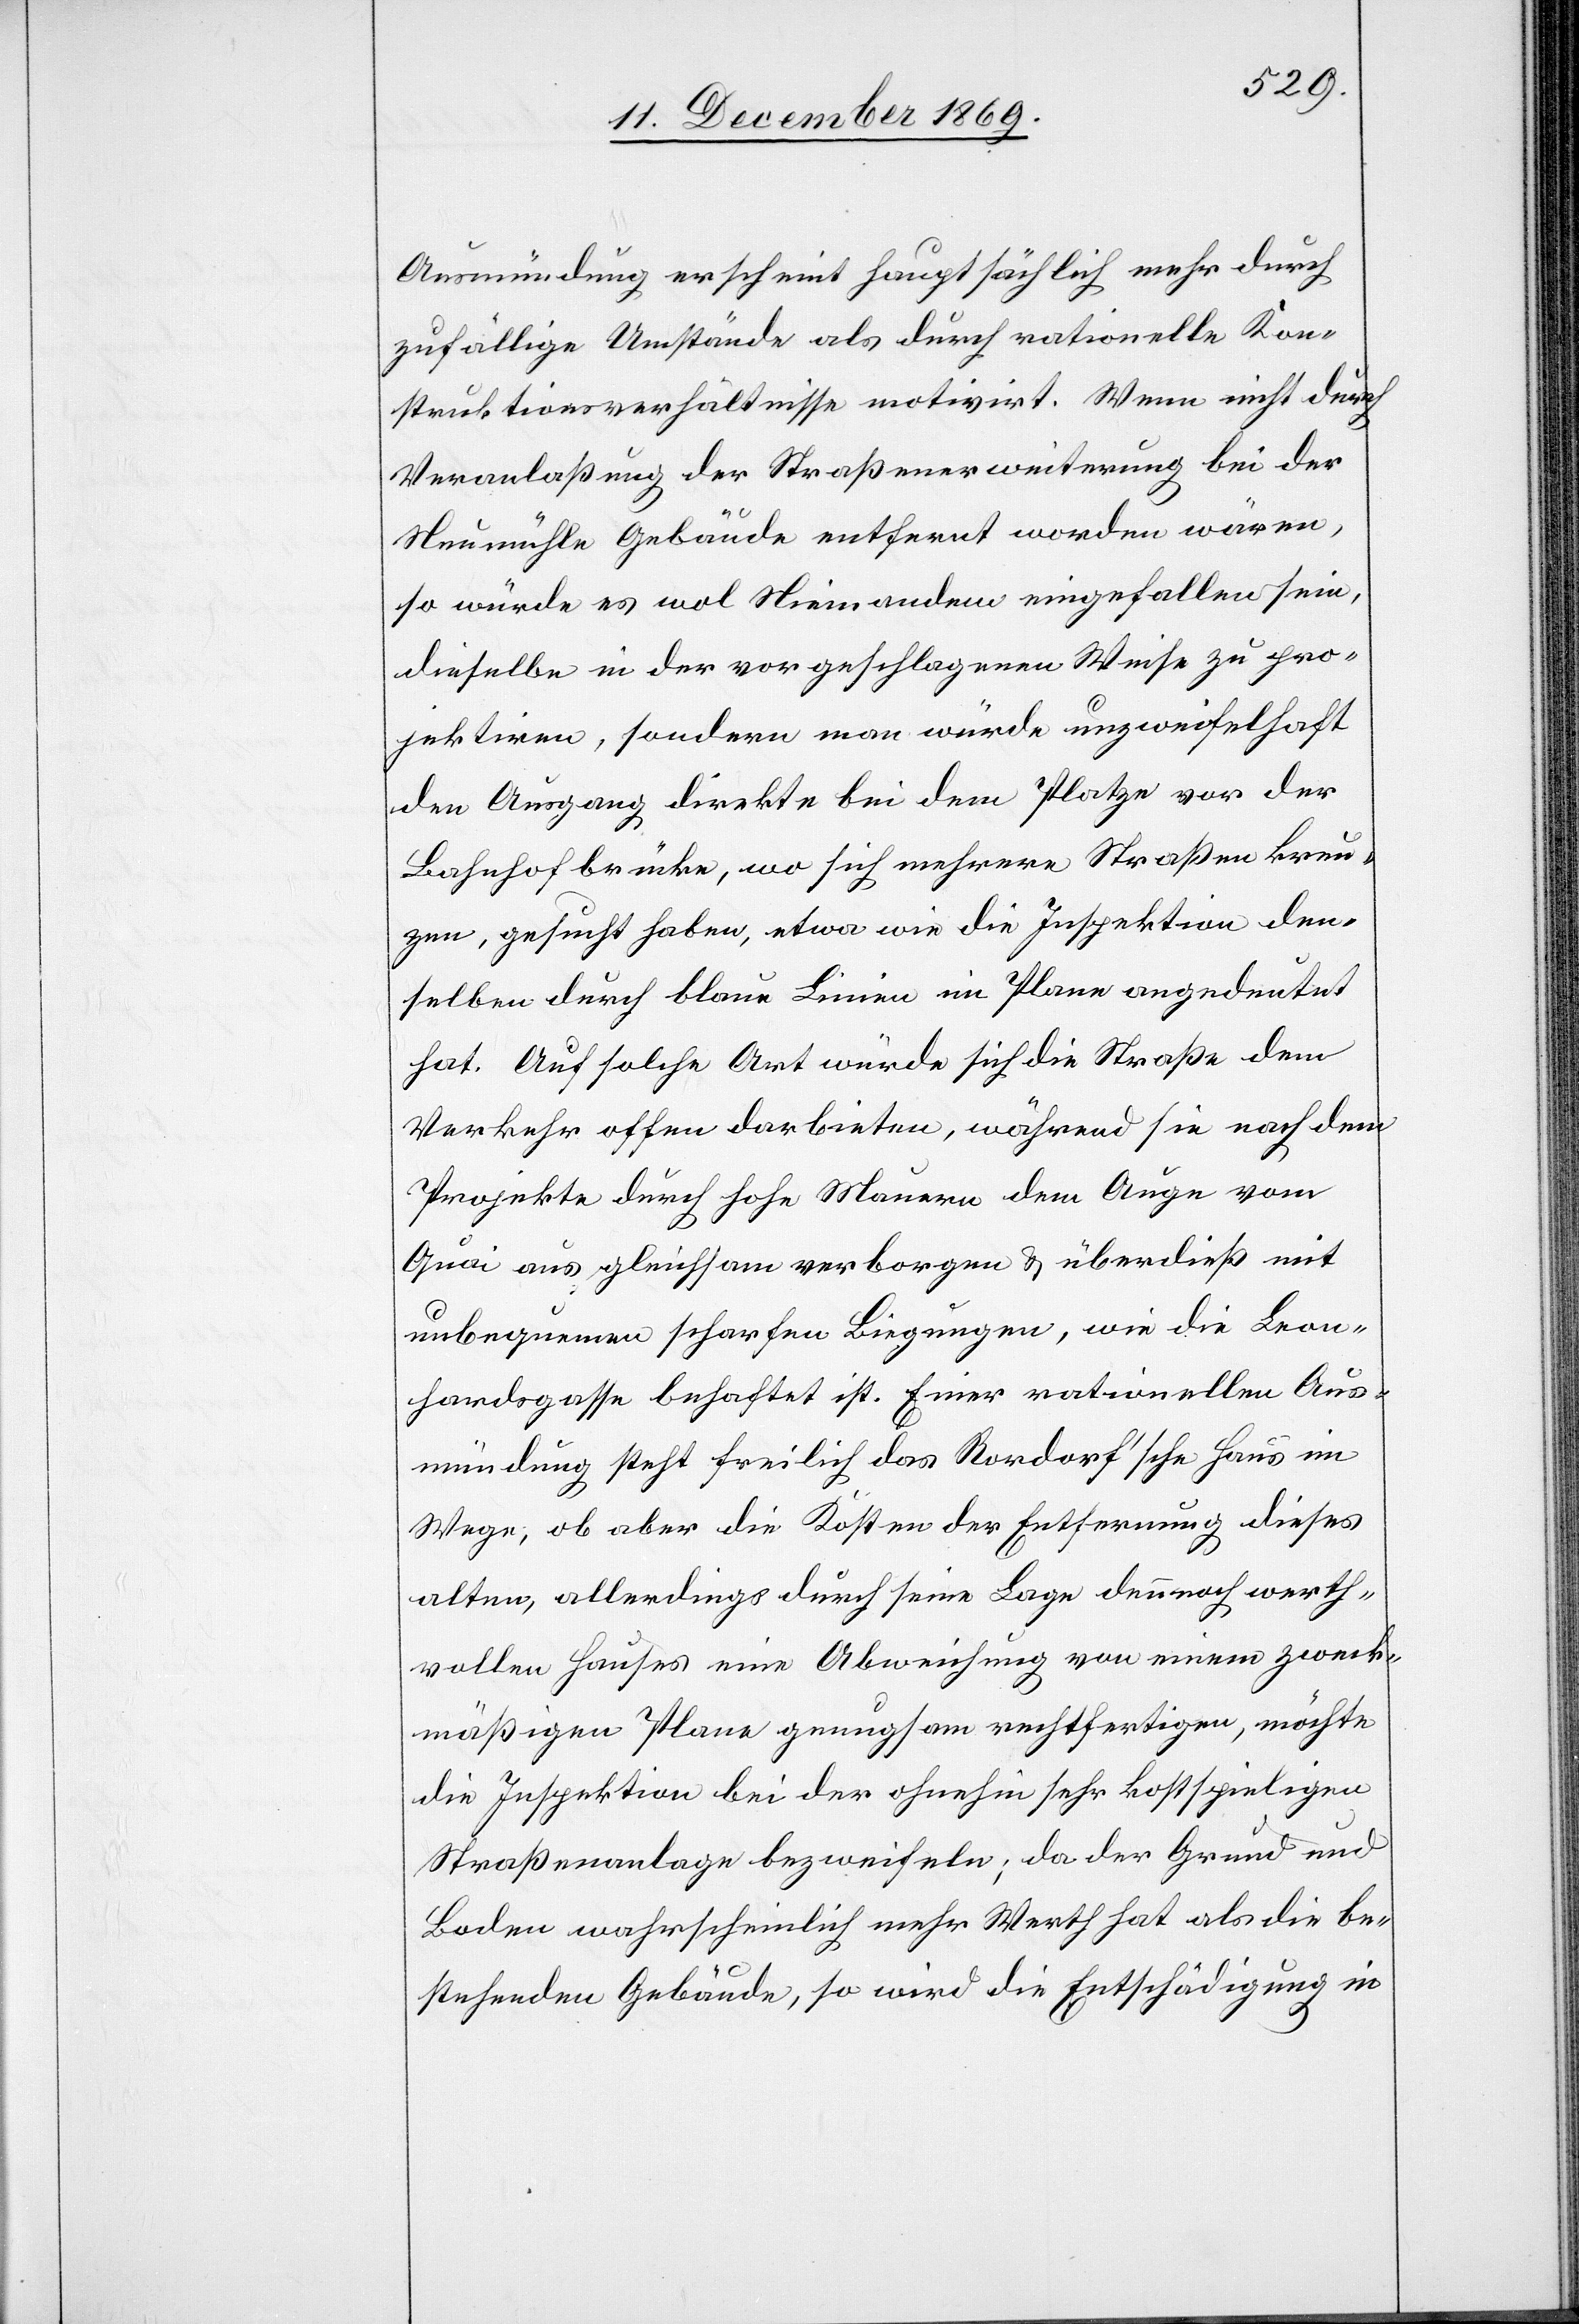
Ausmündung erscheint hauptsächlich mehr durch
zufällige Umstände als durch rationelle Kon¬
struktionsverhältnisse motivirt. Wenn nicht durch
Veranlaßung der Straßenerweiterung bei der
Neumühle Gebäude entfernt worden wären,
so würde es wol Niemandem eingefallen sein,
dieselbe in der vorgeschlagenen Weise zu pro¬
jektiren, sondern man würde unzweifelhaft
den Ausgang direkte bei dem Platze vor der
Bahnhofbrücke, wo sich mehrere Straßen kreu¬
zen, gesucht haben, etwa wie die Inspektion den¬
selben durch blaue Linien im Plane angedeutet
hat. Auf solche Art würde sich die Straße dem
Verkehr offen darbieten, während sie nach dem
Projekte durch hohe Mauern dem Auge vom
Quai aus gleichsam verborgen & überdieß mit
unbequemen scharfen Biegungen, wie die Leon¬
hardsgasse behaftet ist. Einer rationellen Aus¬
mündung steht freilich das Rordorf’sche Haus im
Wege, ob aber die Kosten der Entfernung dieses
alten, allerdings durch seine Lage dennnoch werth¬
vollen Hauses eine Abweichung von einem zweck¬
mäßigen Plane genugsam rechtfertigen, möchte
die Inspektion bei der ohnehin sehr kostspieligen
Straßenanlage bezweifeln; da der Grund und
Boden wahrscheinlich mehr Werth hat als die be¬
stehenden Gebäude, so wird die Entschädigung in